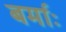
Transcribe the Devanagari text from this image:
बर्माः